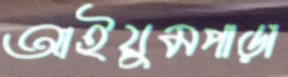
আইয়ুমপাড়া